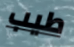
طيب